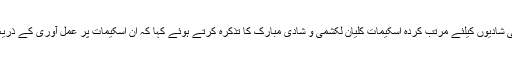
انہوں نے درج فہرست اقوام و قبائل، پسماندہ و اقلیتی طبقات کی لڑکیوں کی شادیوں کیلئے مرتب کردہ اسکیمات کلیان لکشمی و شادی مبارک کا تذکرہ کرتے ہوئے کہا کہ ان اسکیمات پر عمل آوری کے ذریعہ کامیاب بنانے کی مکمل ذمہ داری ضلع کلکٹروں پر ہی عائد ہوتی ہے۔